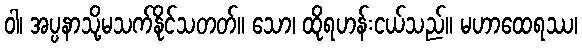
ဝါ၊ အပ္ပနာသို့မသက်နိုင်သတတ်။ သော၊ ထိုရဟန်းငယ်သည်။ မဟာထေရဿ၊